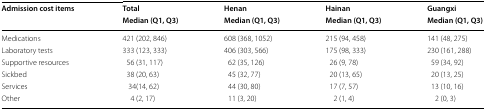
<table><thead><tr><td rowspan="2"><b>Admission cost items</b></td><td><b>Total</b></td><td><b>Henan</b></td><td><b>Hainan</b></td><td><b>Guangxi</b></td></tr><tr><td><b>Median (Q1, Q3)</b></td><td><b>Median (Q1, Q3)</b></td><td><b>Median (Q1, Q3)</b></td><td><b>Median (Q1, Q3)</b></td></tr></thead><tbody><tr><td>Medications</td><td>421 (202, 846)</td><td>608 (368, 1052)</td><td>215 (94, 458)</td><td>141 (48, 275)</td></tr><tr><td>Laboratory tests</td><td>333 (123, 333)</td><td>406 (303, 566)</td><td>175 (98, 333)</td><td>230 (161, 288)</td></tr><tr><td>Supportive resources</td><td>56 (31, 117)</td><td>62 (35, 126)</td><td>26 (9, 78)</td><td>59 (34, 92)</td></tr><tr><td>Sickbed</td><td>38 (20, 63)</td><td>45 (32, 77)</td><td>20 (13, 65)</td><td>20 (13, 25)</td></tr><tr><td>Services</td><td>34(14, 62)</td><td>44 (30, 80)</td><td>17 (7, 57)</td><td>13 (10, 16)</td></tr><tr><td>Other</td><td>4 (2, 17)</td><td>11 (3, 20)</td><td>2 (1, 4)</td><td>2 (0, 3)</td></tr></tbody></table>